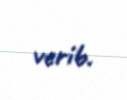
verib.